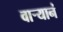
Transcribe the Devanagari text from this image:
वार्‍यानं